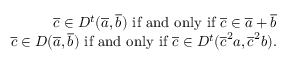
\begin{array} { r } { \overline { c } \in D ^ { t } ( \overline { a } , \overline { b } ) \mathrm { ~ i f ~ a n d ~ o n l y ~ i f ~ } \overline { c } \in \overline { a } + \overline { b } } \\ { \overline { c } \in D ( \overline { a } , \overline { b } ) \mathrm { ~ i f ~ a n d ~ o n l y ~ i f ~ } \overline { c } \in D ^ { t } ( \overline { c } ^ { 2 } a , \overline { c } ^ { 2 } b ) . } \end{array}